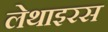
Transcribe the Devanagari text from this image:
लेथाइरस